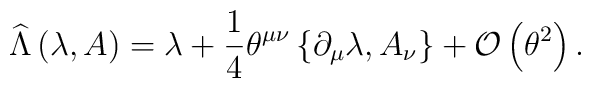
\widehat{\Lambda }\left( \lambda ,A\right) =\lambda +\frac{1}{4}\theta ^{\mu \nu}\left\{\partial_{\mu}\lambda ,A_{\nu}\right\} +{\cal O}\left( \theta ^{2}\right).